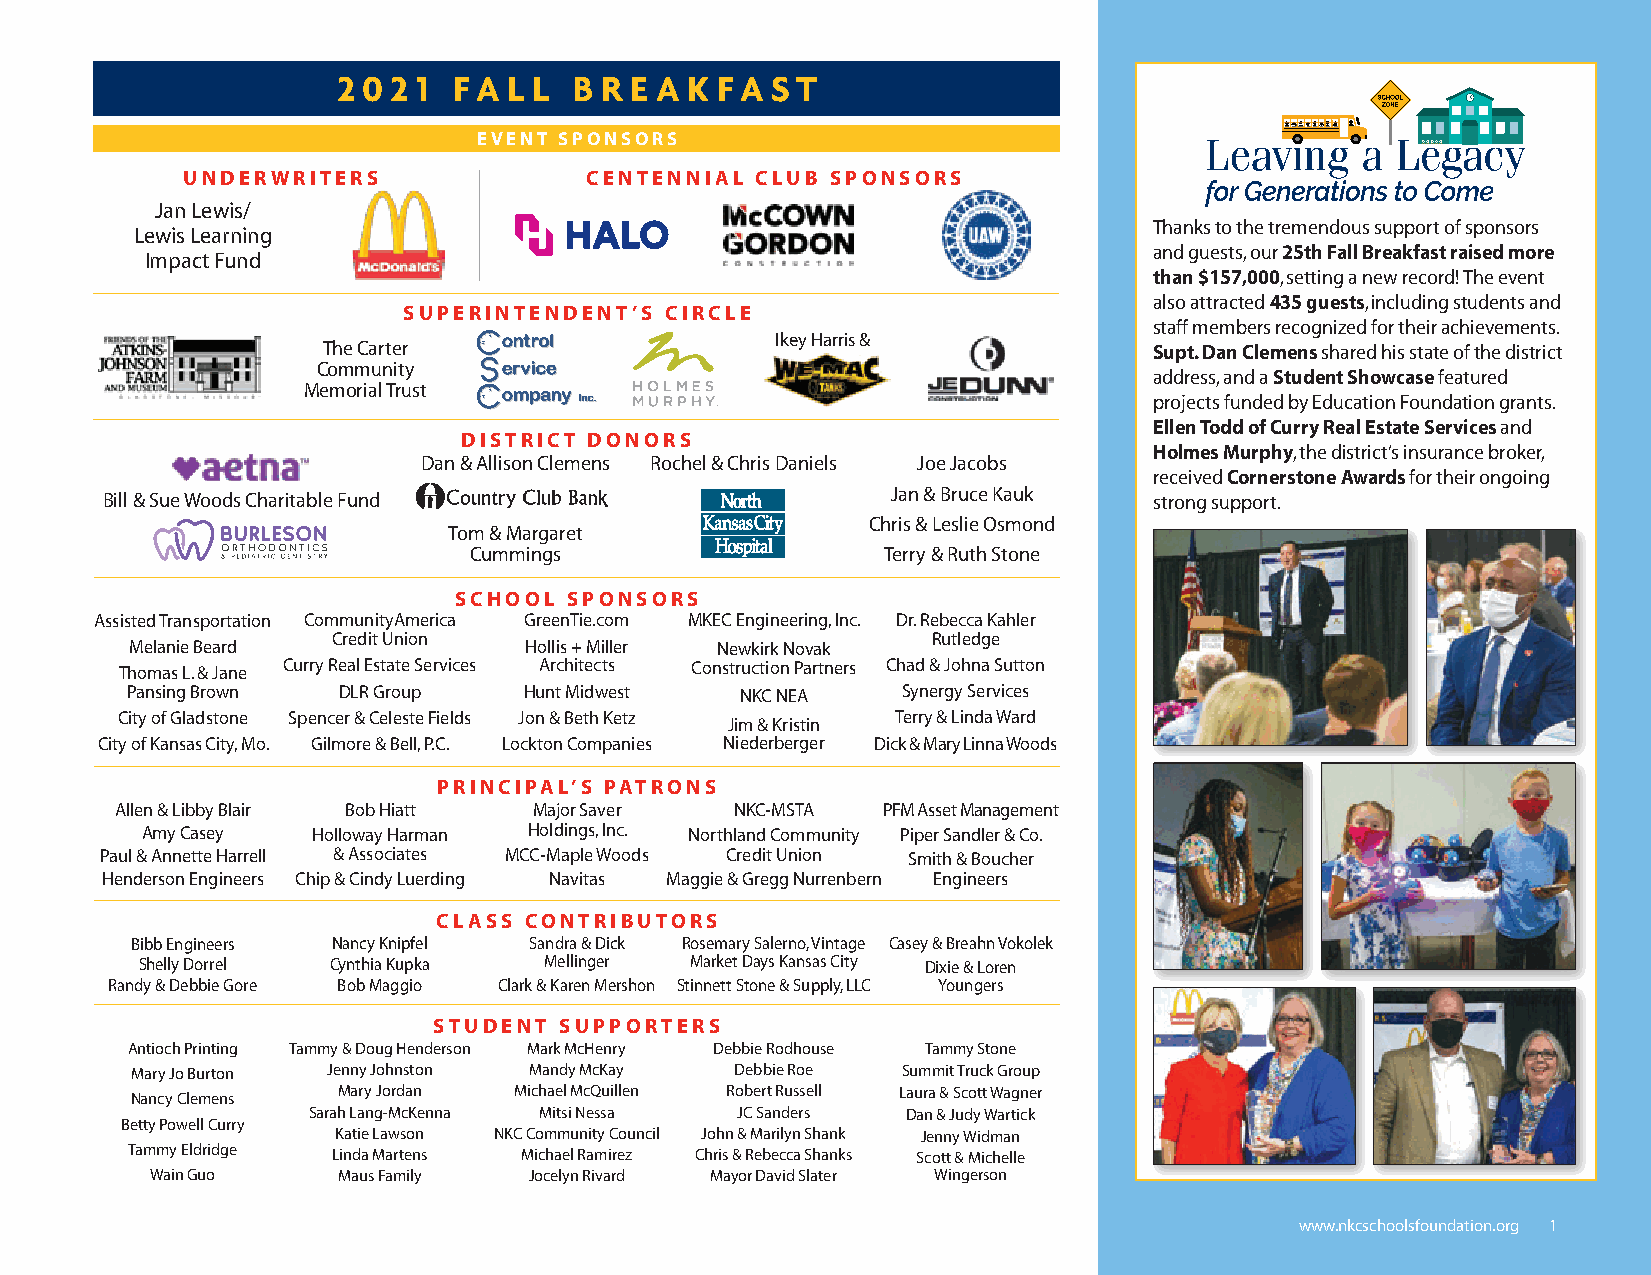
2 0 2 1 fa  L L B r e a k fa s t
 EvEnT SponSoRS
 unDERwRiTERS               CEnTEnniAl CluB SponSoRS
 Jan Lewis/
 Thanks to the tremendous support of sponsors
 Lewis Learning
 and guests, our 25th Fall Breakfast raised more
 Impact Fund
 than $157,000, setting a new record! The event
 also attracted 435 guests, including students and
 SupERinTEnDEnT’S CiRClE
 staff members recognized for their achievements.
 Ikey Harris &
 The Carter                                             Supt. Dan Clemens shared his state of the district
 Community
 address, and a Student Showcase featured
 Memorial Trust
 projects funded by Education Foundation grants.
 Ellen Todd of Curry Real Estate Services and
 DiSTRiCT DonoRS
 Holmes Murphy, the district’s insurance broker,
 Dan & Allison Clemens Rochel & Chris Daniels Joe Jacobs
 received Cornerstone Awards for their ongoing
 Jan & Bruce Kauk
 Bill & Sue Woods Charitable Fund                                     strong support.
 Chris & Leslie Osmond
 Tom & Margaret
 Cummings                    Terry & Ruth Stone
 SCHool  SponSoRS
 Assisted Transportation CommunityAmerica GreenTie.com MKEC Engineering, Inc. Dr. Rebecca Kahler
 Credit Union                            Rutledge
 Melanie Beard             Hollis + Miller Newkirk Novak
 Thomas L. & Jane Curry Real Estate Services Architects Construction Partners Chad & Johna Sutton
 Pansing Brown DLR Group    Hunt Midwest  NKC NEA    Synergy Services
 City of Gladstone Spencer & Celeste Fields Jon & Beth Ketz Terry & Linda Ward
 Jim & Kristin
 City of Kansas City, Mo. Gilmore & Bell, P.C. Lockton Companies Niederberger Dick & Mary Linna Woods
 pRinCipAl’S pATRonS
 Allen & Libby Blair Bob Hiatt Major Saver NKC-MSTA PFM Asset Management
 Amy Casey   Holloway Harman Holdings, Inc. Northland Community Piper Sandler & Co.
 Paul & Annette Harrell & Associates MCC-Maple Woods Credit Union Smith & Boucher
 Henderson Engineers Chip & Cindy Luerding Navitas Maggie & Gregg Nurrenbern Engineers
 ClASS ConTRiBuToRS
 Bibb Engineers Nancy Knipfel Sandra & Dick Rosemary Salerno, Vintage Casey & Breahn Vokolek
 Shelly Dorrel Cynthia Kupka Mellinger Market Days Kansas City Dixie & Loren
 Randy & Debbie Gore Bob Maggio Clark & Karen Mershon Stinnett Stone & Supply, LLC Youngers
 STuDEnT SuppoRTERS
 Antioch Printing Tammy & Doug Henderson Mark McHenry Debbie Rodhouse Tammy Stone
 Mary Jo Burton Jenny Johnston Mandy McKay Debbie Roe Summit Truck Group
 Mary Jordan Michael McQuillen Robert Russell Laura & Scott Wagner
 Nancy Clemens
 Sarah Lang-McKenna Mitsi Nessa JC Sanders Dan & Judy Wartick
 Betty Powell Curry
 Katie Lawson NKC Community Council John & Marilyn Shank Jenny Widman
 Tammy Eldridge Linda Martens Michael Ramirez Chris & Rebecca Shanks Scott & Michelle
 Wain Guo    Maus Family  Jocelyn Rivard Mayor David Slater Wingerson
 wwwwww..nnkkccsscchhoooollssffoouunnddaattiioonn..oorrgg 11